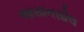
આસાનસોલ